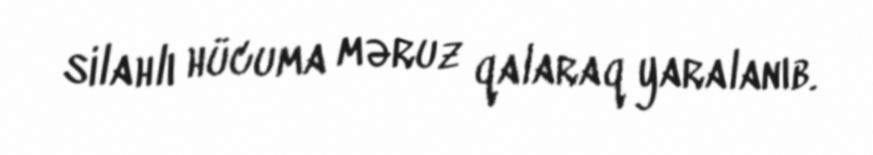
silahlı hücuma məruz qalaraq yaralanıb.